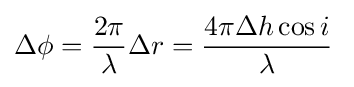
\Delta \phi ={\frac {2\pi }{\lambda }}\Delta r={\frac {4\pi \Delta h\cos i}{\lambda }}\;